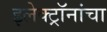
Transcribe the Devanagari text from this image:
इलेक्ट्रॉनांचा